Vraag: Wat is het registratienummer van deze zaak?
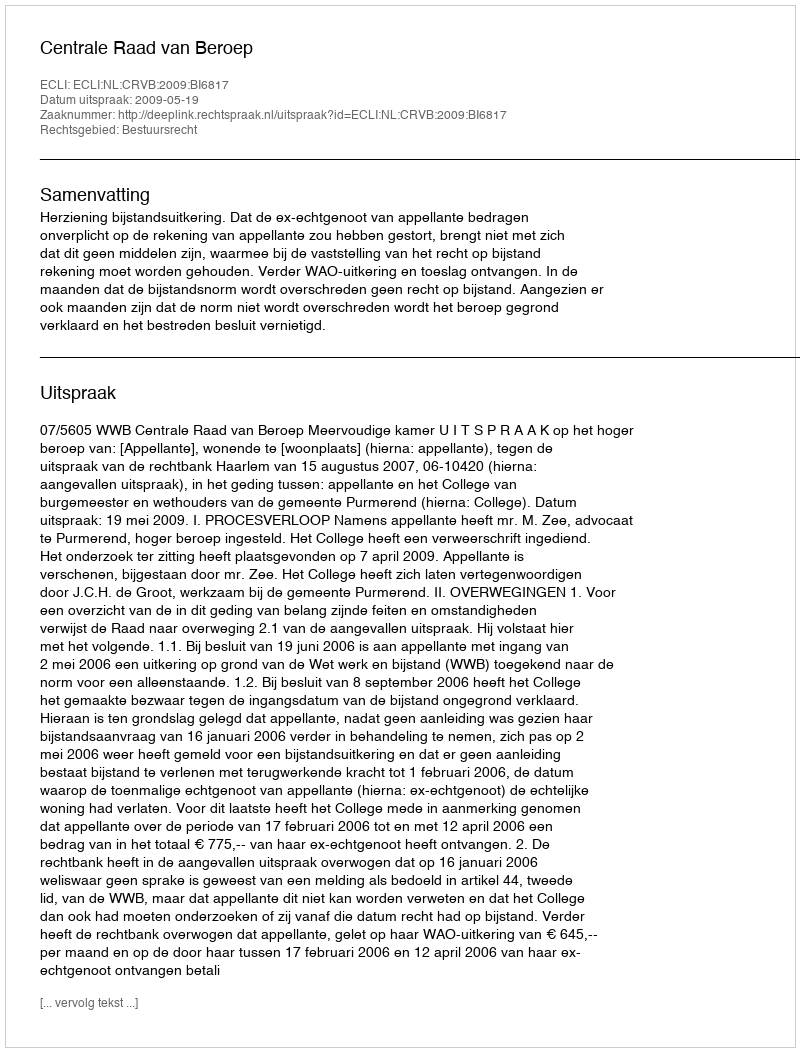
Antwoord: http://deeplink.rechtspraak.nl/uitspraak?id=ECLI:NL:CRVB:2009:BI6817